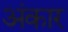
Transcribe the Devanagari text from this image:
अंकार